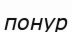
понур